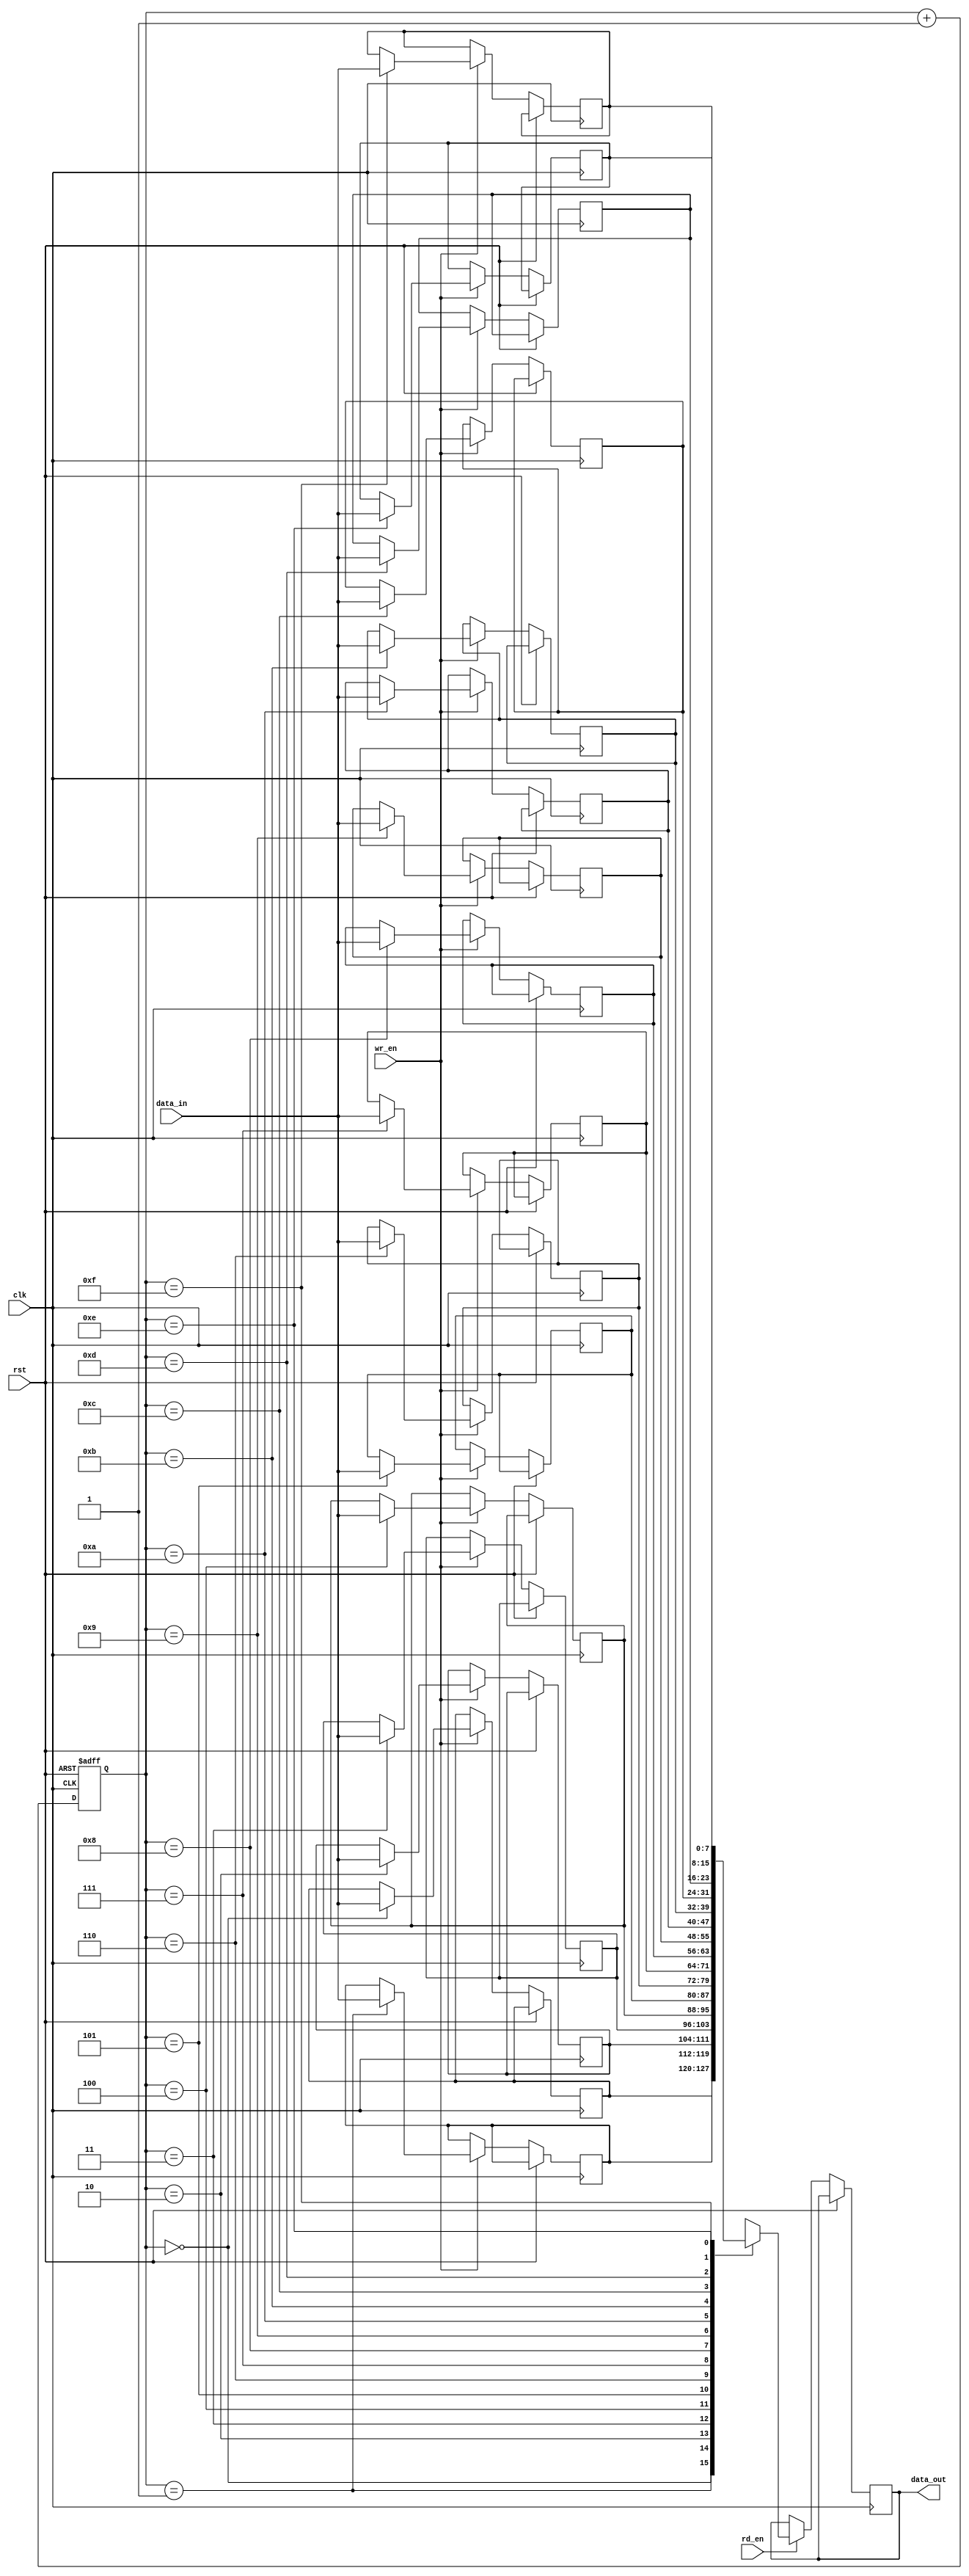
module gray_fifo (
  input wire clk,
  input wire rst,
  input wire wr_en,
  input wire rd_en,
  input wire [7:0] data_in,
  output reg [7:0] data_out
);

reg [3:0] gray_counter;
reg [7:0] fifo_mem [15:0];

always @(posedge clk or posedge rst) begin
  if (rst) begin
    gray_counter <= 4'b0;
  end else begin
    if (wr_en) begin
      fifo_mem[gray_counter] <= data_in;
    end
    if (rd_en) begin
      data_out <= fifo_mem[gray_counter];
    end
    gray_counter <= gray_counter + 1;
  end
end
endmodule